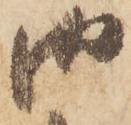
御